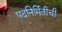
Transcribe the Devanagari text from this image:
पदनिर्मितीची